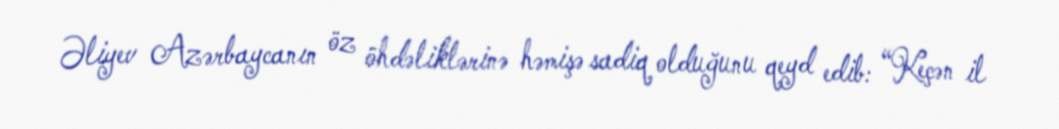
Əliyev Azərbaycanın öz öhdəliklərinə həmişə sadiq olduğunu qeyd edib: “Keçən il